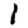
Digit: 1